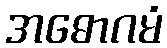
အဓောဂမံ